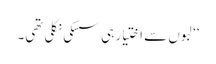
‘‘ لبوں سے اختیار ہی سسکی نکلی تھی۔